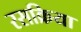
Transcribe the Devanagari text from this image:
रसक्रिया